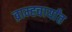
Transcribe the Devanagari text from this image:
ब्राम्ह्चार्यांत